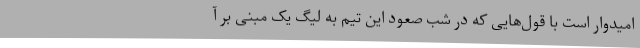
امیدوار است با قول‌هایی که در شب صعود این تیم به لیگ یک مبنی بر آ